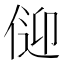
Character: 𱎸